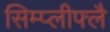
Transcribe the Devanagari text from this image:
सिम्प्लीफ्लै